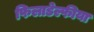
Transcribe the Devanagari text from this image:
फिलाडेल्फीया